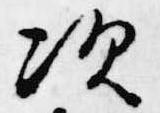
次